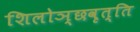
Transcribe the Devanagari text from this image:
शिलोञ्छवृत्ति